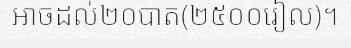
អាចដល់២០បាត(២៥០០រៀល)។